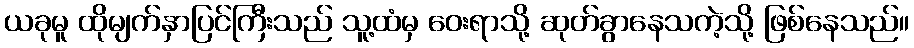
ယခုမူ ထိုမျက်နှာပြင်ကြီးသည် သူ့ထံမှ ဝေးရာသို့ ဆုတ်ခွာနေသကဲ့သို့ ဖြစ်နေသည်။